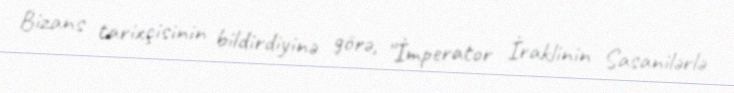
Bizans tarixçisinin bildirdiyinə görə, "İmperator İraklinin Sasanilərlə